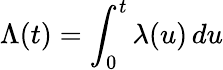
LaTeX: \Lambda(t)=\int_{0}^{t}\lambda(u)\, du